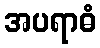
အပရာဓံ